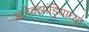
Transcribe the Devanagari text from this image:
अलेक्झांड्रियाच्या